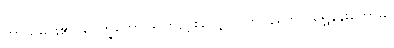
ကာသိမင်း၏။ ပေက္ခတော၊ ရှုကြည့်စဉ်လျှင်။ ဘဝနတော၊ ရွှေနန်းတော်မှ။